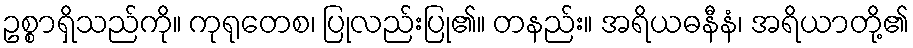
ဥစ္စာရှိသည်ကို။ ကုရုတေစ၊ ပြုလည်းပြု၏။ တနည်း။ အရိယဓနီနံ၊ အရိယာတို့၏